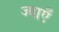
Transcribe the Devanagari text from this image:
ज्याएँ